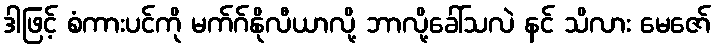
ဒါဖြင့် စံကားပင်ကို မက်ဂ်နိုလီယာလို့ ဘာလို့ခေါ်သလဲ နင် သိလား မေဇော်